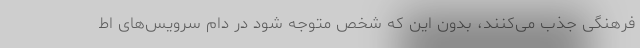
فرهنگی جذب می‌کنند، بدون این که شخص متوجه شود در دام سرویس‌های اط